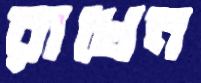
রাখেন